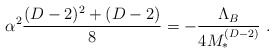
\begin{align*}\alpha^2 \frac{(D-2)^2+(D-2)}{8} = -\frac{\Lambda_B}{4M_*^{(D-2)}}\ .\end{align*}